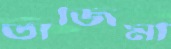
তাজিমা